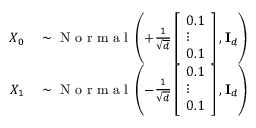
\begin{array} { r l } { X _ { 0 } } & { { } \sim \mathrm { ~ N ~ o ~ r ~ m ~ a ~ l ~ } \left( \begingroup + \frac { 1 } { \sqrt { d } } \left[ \begin{array} { l } { 0 . 1 } \\ { \vdots } \\ { 0 . 1 } \end{array} \right] \endgroup , \mathbf { I } _ { d } \right) } \\ { X _ { 1 } } & { { } \sim \mathrm { ~ N ~ o ~ r ~ m ~ a ~ l ~ } \left( \begingroup - \frac { 1 } { \sqrt { d } } \left[ \begin{array} { l } { 0 . 1 } \\ { \vdots } \\ { 0 . 1 } \end{array} \right] \endgroup , \mathbf { I } _ { d } \right) } \end{array}